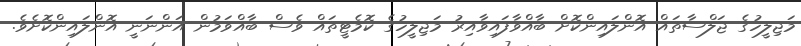
މަޖިލީހުގެ ޖަލްސާތައް އޮންލައިންކޮށް ބާއްވާފައިވާއިރު މަޖިލީހުގެ ކޮމެޓީތައް ވެސް ބާއްވަމުން އަންނަނީ އޮންލައިންކޮށެވެ.